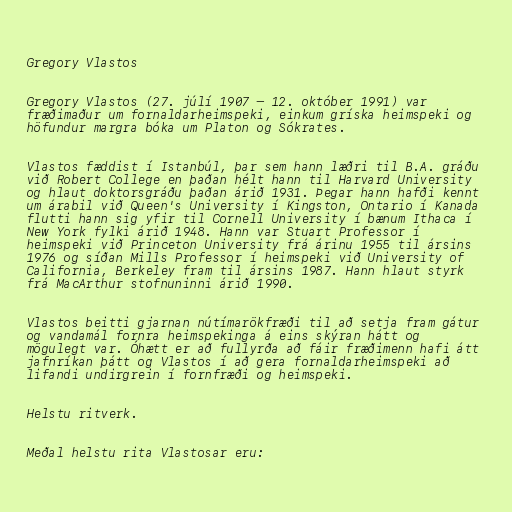
Gregory Vlastos

Gregory Vlastos (27. júlí 1907 – 12. október 1991) var
fræðimaður um fornaldarheimspeki, einkum gríska heimspeki og
höfundur margra bóka um Platon og Sókrates.

Vlastos fæddist í Istanbúl, þar sem hann læðri til B.A. gráðu
við Robert College en þaðan hélt hann til Harvard University
og hlaut doktorsgráðu þaðan árið 1931. Þegar hann hafði kennt
um árabil við Queen's University í Kingston, Ontario í Kanada
flutti hann sig yfir til Cornell University í bænum Ithaca í
New York fylki árið 1948. Hann var Stuart Professor í
heimspeki við Princeton University frá árinu 1955 til ársins
1976 og síðan Mills Professor í heimspeki við University of
California, Berkeley fram til ársins 1987. Hann hlaut styrk
frá MacArthur stofnuninni árið 1990.

Vlastos beitti gjarnan nútímarökfræði til að setja fram gátur
og vandamál fornra heimspekinga á eins skýran hátt og
mögulegt var. Óhætt er að fullyrða að fáir fræðimenn hafi átt
jafnríkan þátt og Vlastos í að gera fornaldarheimspeki að
lifandi undirgrein í fornfræði og heimspeki.

Helstu ritverk.

Meðal helstu rita Vlastosar eru: